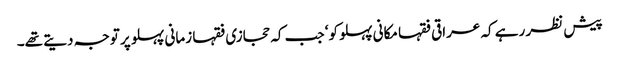
پیش نظر رہے کہ عراقی فقہا مکانی پہلو کو‘ جب کہ حجازی فقہا زمانی پہلو پر توجہ دیتے تھے۔